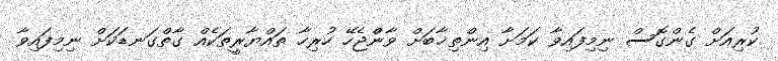
ކުރިއަށް ގެންގޮސް ނިމިފައިވާ ކަމަށާ އިންތިޚާބަށް ވާންްޖެހޭ ހުރިހާ ތައްޔާރީތަކެއް ގާތްގަނޑަކަށް ނިމިފައިވާ